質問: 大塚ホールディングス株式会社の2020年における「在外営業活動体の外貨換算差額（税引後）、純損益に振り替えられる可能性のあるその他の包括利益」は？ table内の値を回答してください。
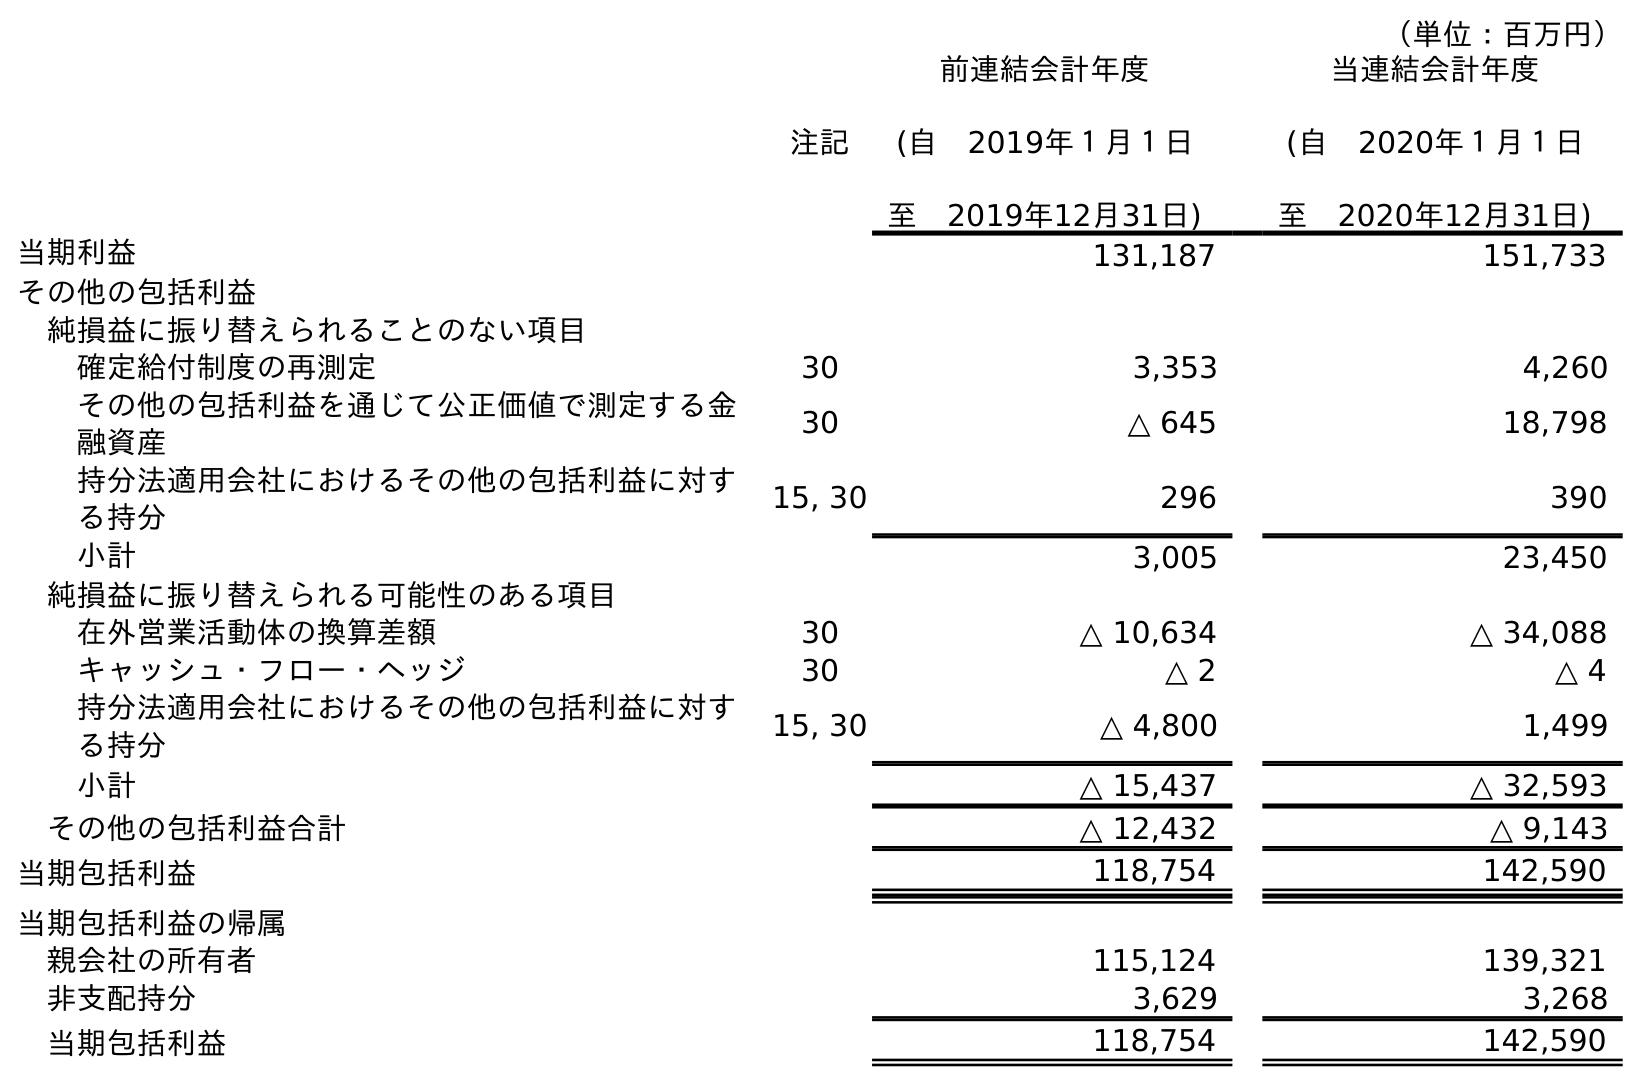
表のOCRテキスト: （単位：百万円） 注記 前連結会計年度 (自 2019年１月１日 至 2019年12月31日) 当連結会計年度 (自 2020年１月１日 至 2020年12月31日) 当期利益 131,187 151,733 その他の包括利益 純損益に振り替えられることのない項目 確定給付制度の再測定 30 3,353 4,260 その他の包括利益を通じて公正価値で測定する金 融資産 30 △ 645 18,798 持分法適用会社におけるその他の包括利益に対す る持分 15, 30 296 390 小計 3,005 23,450 純損益に振り替えられる可能性のある項目 在外営業活動体の換算差額 30 △ 10,634 △ 34,088 キャッシュ・フロー・ヘッジ 30 △ 2 △ 4 持分法適用会社におけるその他の包括利益に対す る持分 15, 30 △ 4,800 1,499 小計 △ 15,437 △ 32,593 その他の包括利益合計 △ 12,432 △ 9,143 当期包括利益 118,754 142,590 当期包括利益の帰属 親会社の所有者 115,124 139,321 非支配持分 3,629 3,268 当期包括利益 118,754 142,590
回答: △34,088